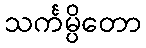
သင်္ကမ္ပိတော